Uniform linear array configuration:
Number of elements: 64
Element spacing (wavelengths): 0.25
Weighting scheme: binomial
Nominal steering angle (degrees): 0
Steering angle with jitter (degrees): -0.848
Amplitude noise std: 0.05
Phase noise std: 0.05

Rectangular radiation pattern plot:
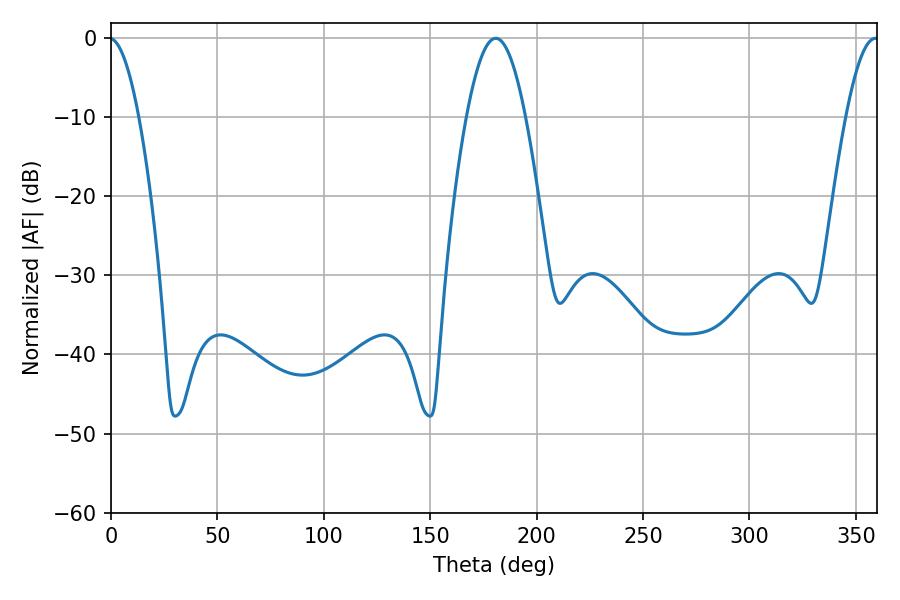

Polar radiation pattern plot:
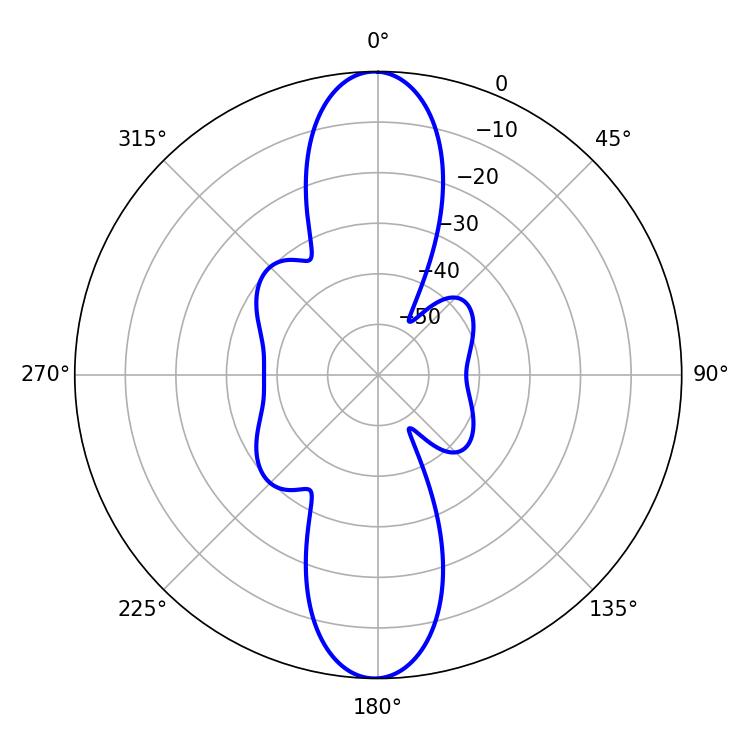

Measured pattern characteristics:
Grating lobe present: FALSE
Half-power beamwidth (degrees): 14.94
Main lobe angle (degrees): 180.72